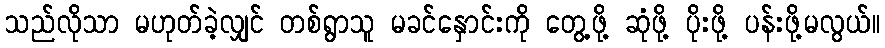
သည်လိုသာ မဟုတ်ခဲ့လျှင် တစ်ရွာသူ မခင်နှောင်းကို တွေ့ဖို့ ဆုံဖို့ ပိုးဖို့ ပန်းဖို့မလွယ်။